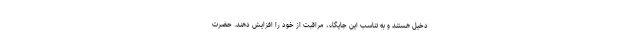
دخیل هستند و به تناسب این جایگاه، مراقبت از خود را افزایش دهند. حضرت